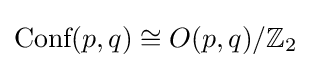
{\text{Conf}}(p,q)\cong O(p,q)/\mathbb {Z} _{2}